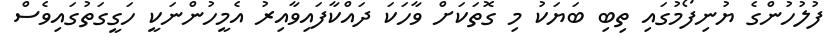
ފުލުހުންގެ ޔުނިފޯމުގައި ތިބި ބަޔަކު މި ގޮތަކަށް ވާހަކަ ދައްކާފައިވާއިރު އެމީހުންނަކީ ހަގީގަތުގައިވެސް